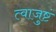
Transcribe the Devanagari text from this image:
त्वाजुष्टं